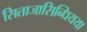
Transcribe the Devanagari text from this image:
सिताजासिन्धियया